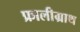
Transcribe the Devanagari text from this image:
फ्रालीग्राथ